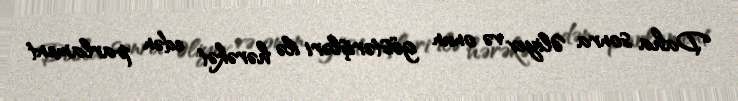
Daha sonra Əliyev və onun göstərişləri ilə hərəkət edən parlament